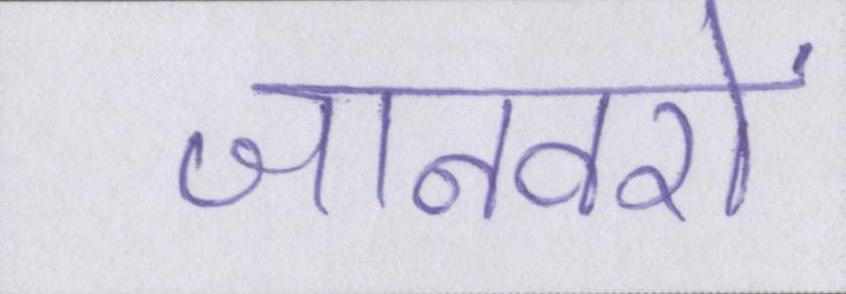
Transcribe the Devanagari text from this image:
जानवरों